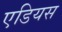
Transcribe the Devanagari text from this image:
एडियस